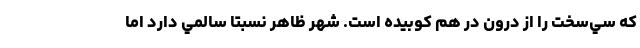
كه سي‌سخت را از درون در هم كوبيده است. شهر ظاهر نسبتا سالمي دارد اما